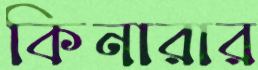
কিনারার